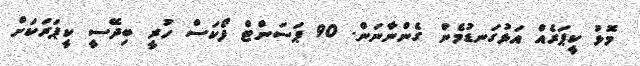
މޮޅު ކީޕަރެއް އަޅުގަނޑުމެން ގެންނާނަން. 90 ޕަސަންޓް ފޯކަސް ހުރީ ބިދޭސީ ކީޕަރަކަށް